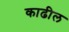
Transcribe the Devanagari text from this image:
काढील